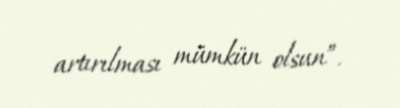
artırılması mümkün olsun”.